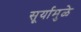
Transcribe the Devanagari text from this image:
सूर्यामुळे